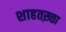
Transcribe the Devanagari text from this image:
शाहतख़्ता